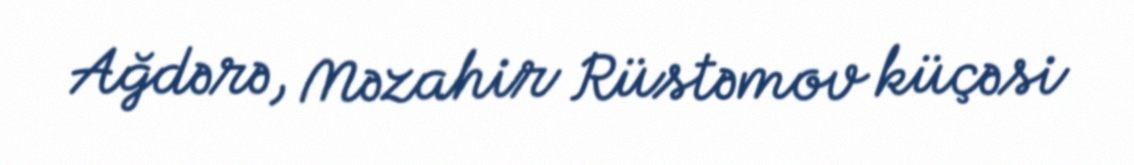
Ağdərə, Məzahir Rüstəmov küçəsi